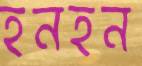
হনহন